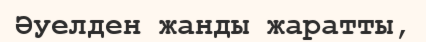
Әуелден жанды жаратты,